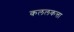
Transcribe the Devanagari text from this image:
कललकत्ता